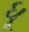
ધૂ